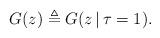
LaTeX: \begin{align*}G(z) \triangleq G(z\,|\,\tau=1).\end{align*}